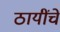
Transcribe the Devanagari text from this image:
ठायींचे